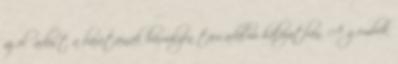
az előadást a barátainak bármilyen társadalmi hálózatban. A gombok